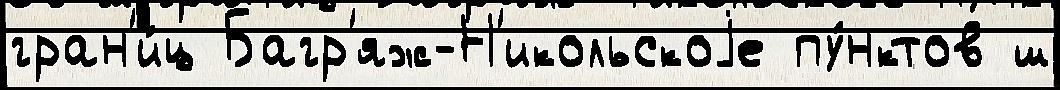
гран'и́ц Багр'яж-Н'икольскоjе пу́нктов ш